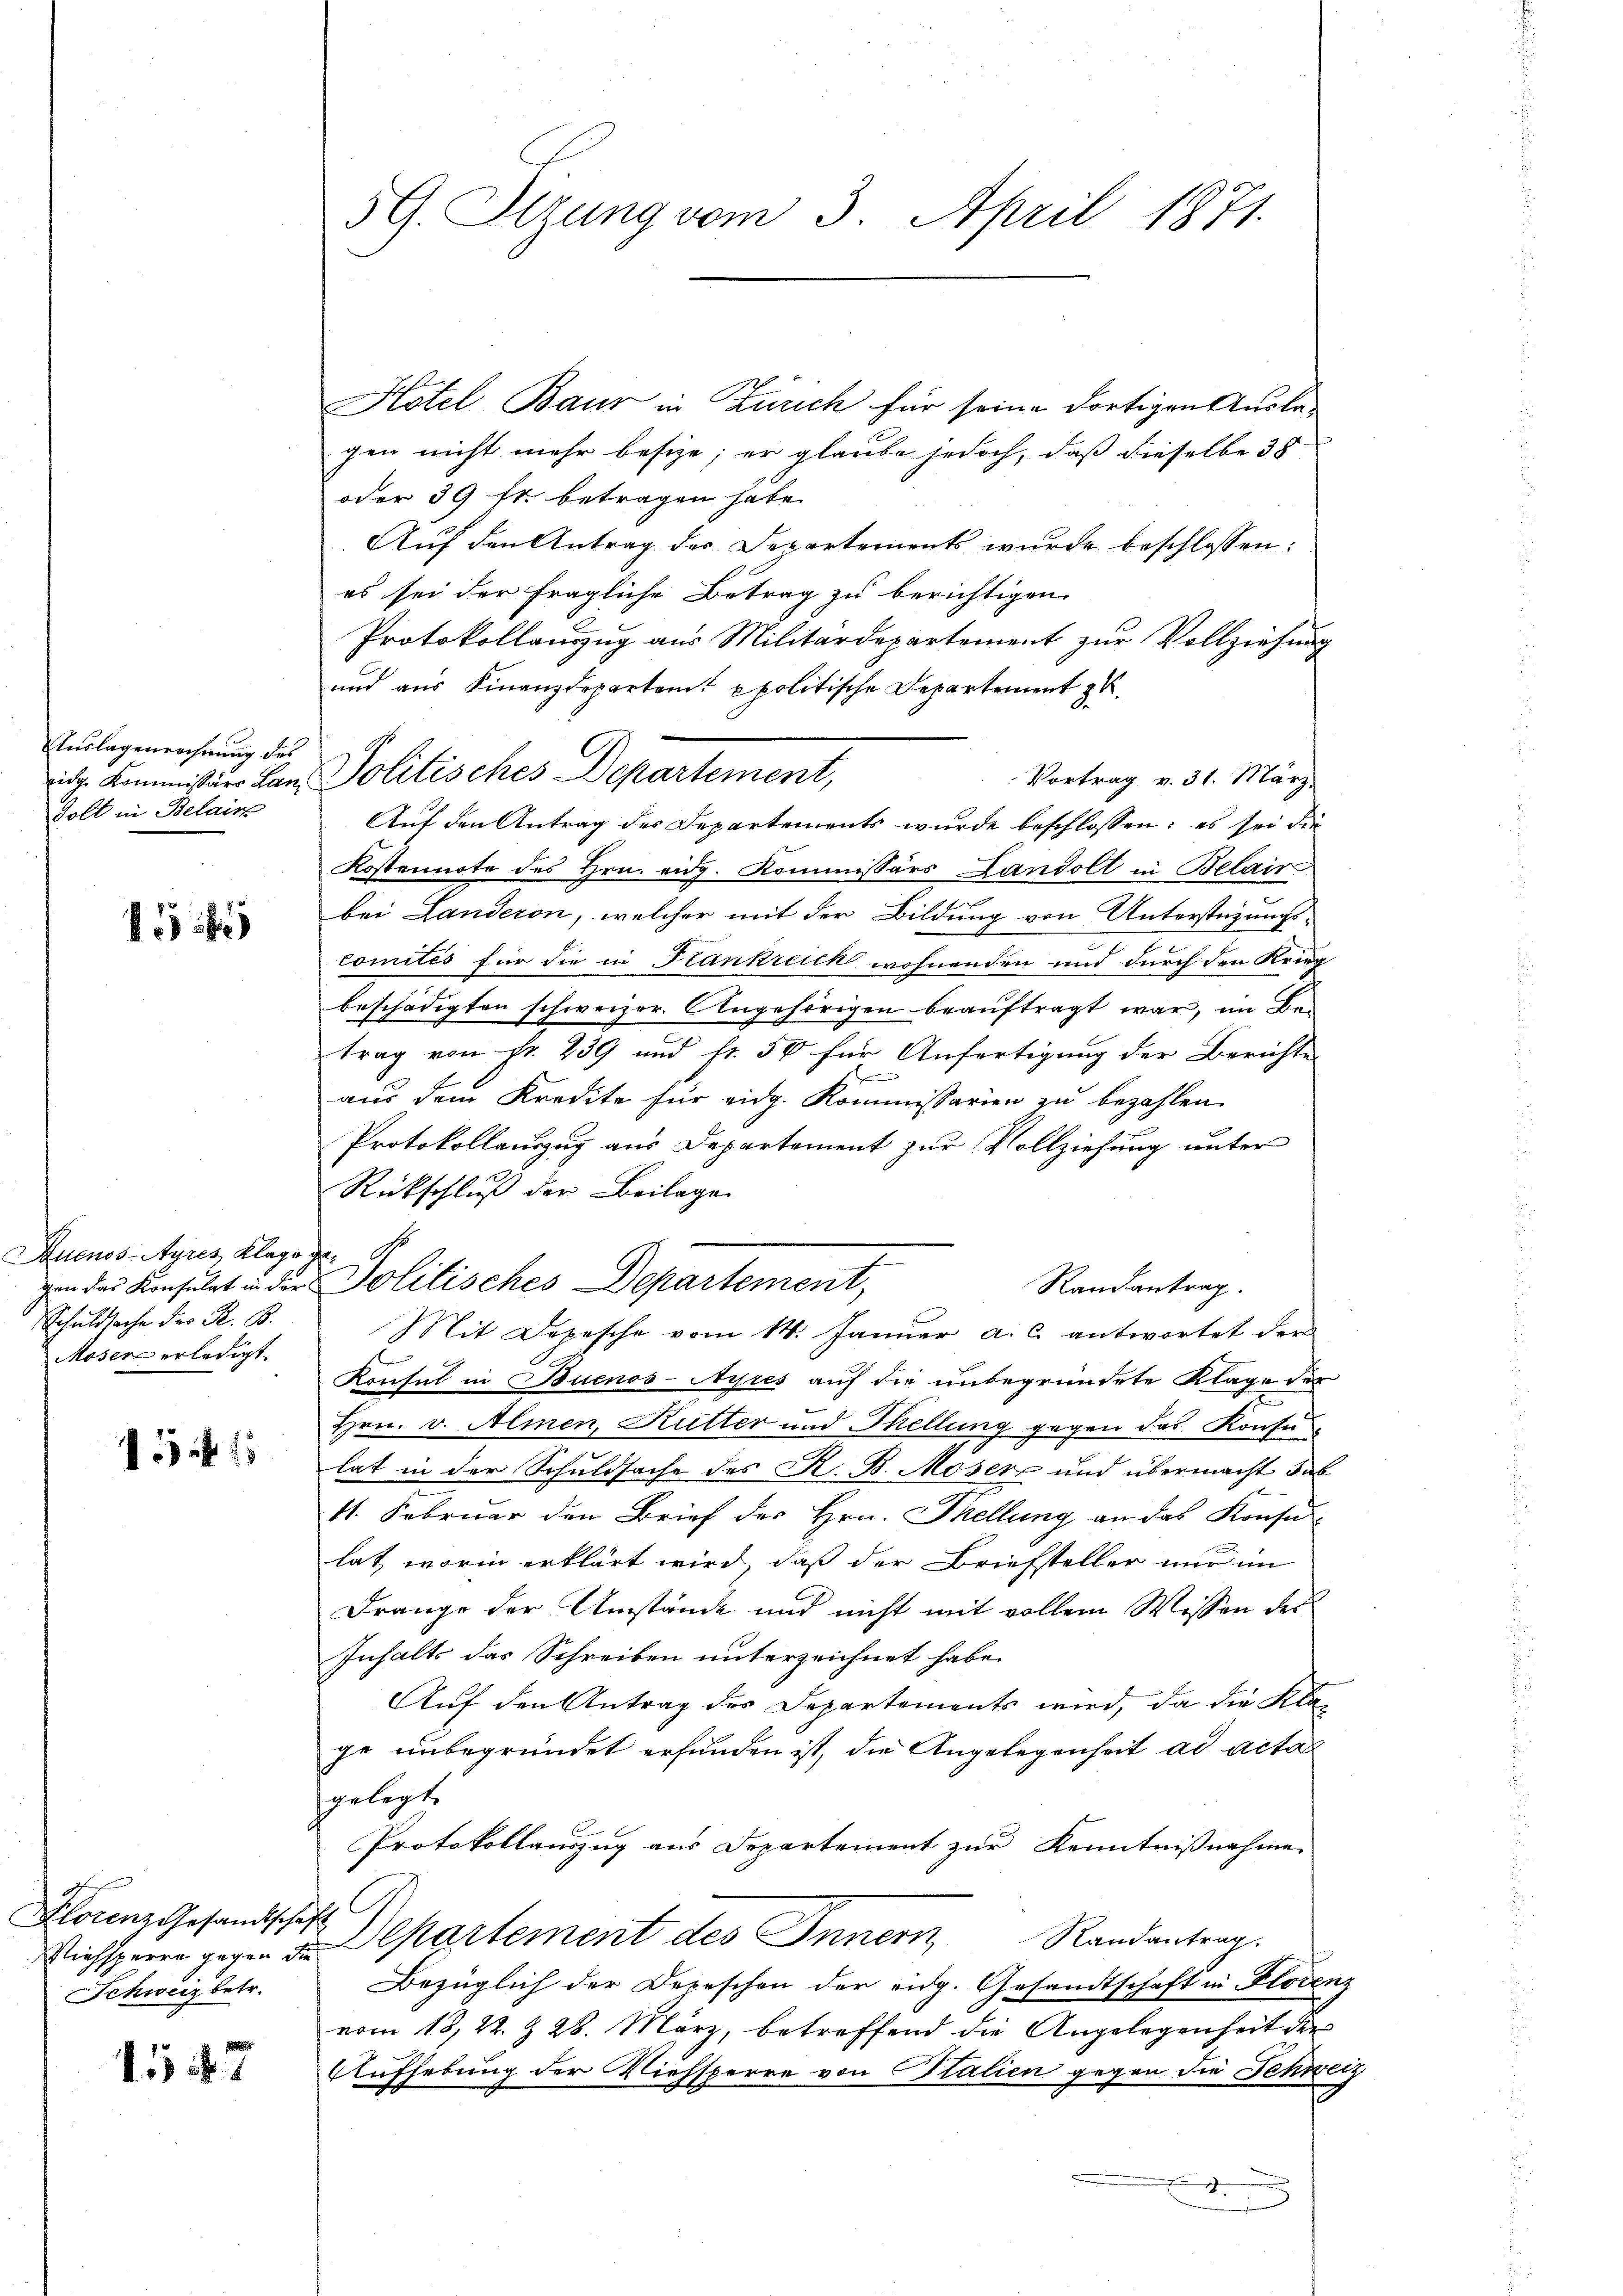
AAuslagenrechnung des
Golt in Belain

Auenos-Ayres Klage ge¬
Schuldsache der R. B.
Moser erledigt.

11

1527

Florenz Gesandtschaft
Schweiz betr.

5G. Itzung vom 3. April 1871.

Hotel Baur in Zürich für seine dortigen Auslagen nicht mehr besize; er glaube jedoch, daß dieselbe 38
oder 39 fr. betragen habe.
Aŭf den Antrag der Departements wurde beschlossen:
es sei der fragliche Betrag zu berichtigen.
Protokollanzug aus Militärdepartement zur Vollziehung
und aus Finanzdepartent politische Departement z
Vortrag v. 31. März
rich Kommission Land Politisches Departement,
Auf den Antrag des Departements wurde beschlossen: es sei die
Kostennote des Hrn. eidg. Kommissärs Landolt in Belair
bei Landeron, welcher mit der Bildung von Unterstüzungs-
comités für die in Krankreich wohnenden und durch den Krieg
beschädigten schweizer. Angehörigen beauftragt war, im Betrag von Fr. 239 und fr. 50 für Anfertigung der Berichte
aus dem Kredite für eidg. Kommissarien zu bezahlen.
Protokollauszug aus Departement zur Vollziehung unter
Rückschluß der Beilage
von der Konsulat in der Politisches Departement,
Randantrag.
Mit Depesche vom 14. Januar a. c. antwortet der
Konsul in Buenos-Ayres auf die unbegründete Klage der
Hrn. v. Almen, Kutter und Thellung gegen das Konsulat in der Schuldsache des K. B. Moser und übermacht das
11. Februar den Brief des Hrn. Tellung an das Konsu
lat, worin erklärt wird, daß der Briefsteller nur im
Frange der Umstände und nicht mit vollem Wessen des
Inhalts das Schreiben unterzeichnet habe.
Auf den Antrag des Departements wird, da die Klage unbegründet erfunden ist, die Angelegenheit ad actal
gelegt.
Protokollauszug aus Departement zur Kenntnißnahme
G
Randantrag.
Riehsperre gegen de partement des Innern
Bezüglich der Depeschen der eidg. Gesandtschaft in Florenz
vom 18, 22. & 28. März, betreffend die Angelegenheit der
Aufhebung der Viehsperre von Italien gegen die Schweiz